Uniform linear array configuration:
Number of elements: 32
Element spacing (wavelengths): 0.5
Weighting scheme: hamming
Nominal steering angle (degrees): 0
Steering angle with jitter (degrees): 1.758
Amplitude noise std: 0.05
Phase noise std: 0.05

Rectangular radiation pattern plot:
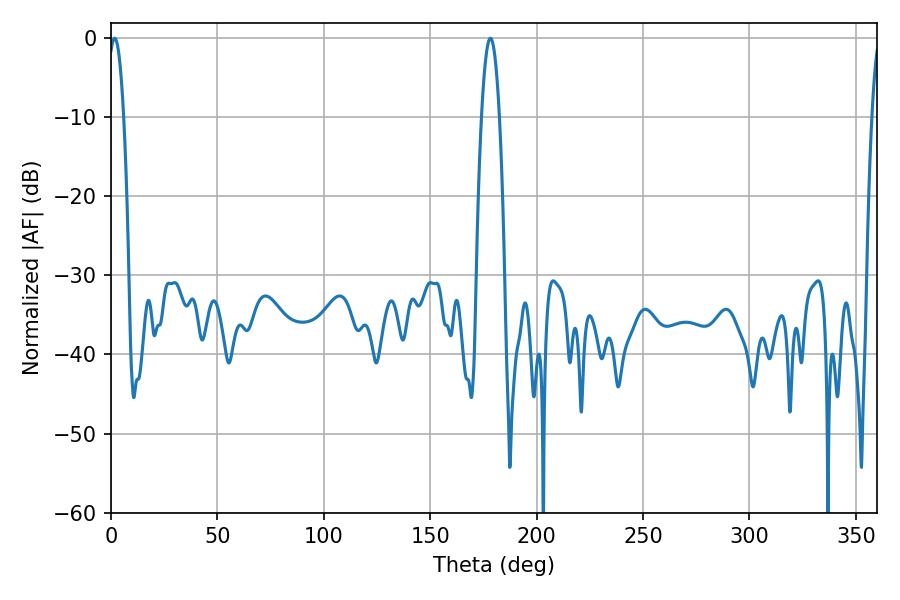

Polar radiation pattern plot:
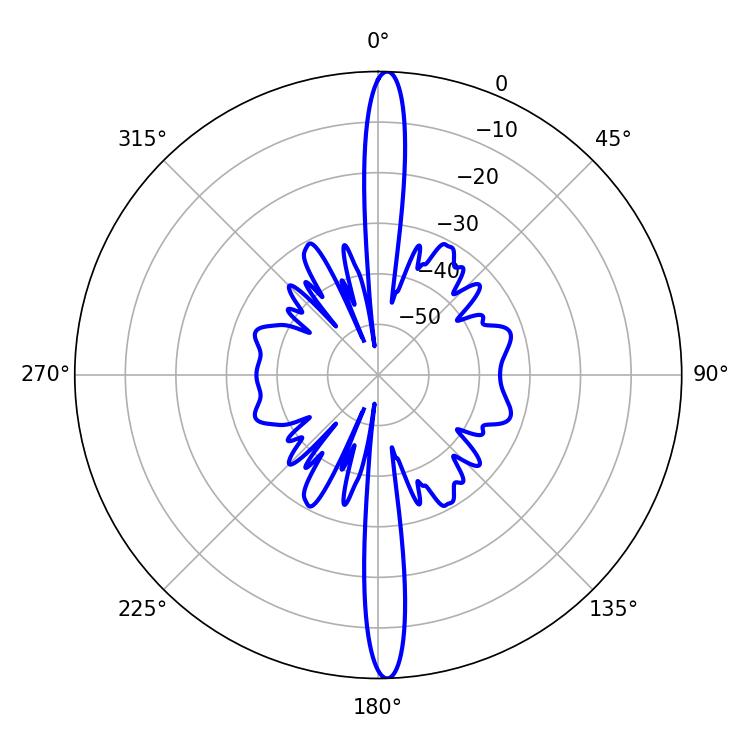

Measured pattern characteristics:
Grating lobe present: FALSE
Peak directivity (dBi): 25.627
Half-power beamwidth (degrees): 3.96
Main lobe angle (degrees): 1.8